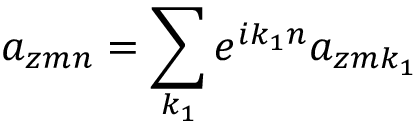
a _ { z m n } = \sum _ { k _ { 1 } } e ^ { i k _ { 1 } n } a _ { z m k _ { 1 } }